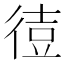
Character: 𫹙